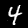
Label: 4